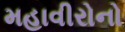
મહાવીરોનો